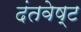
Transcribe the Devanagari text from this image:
दंतवेष्ट